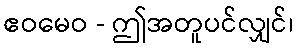
ဧဝမေဝ - ဤအတူပင်လျှင်၊